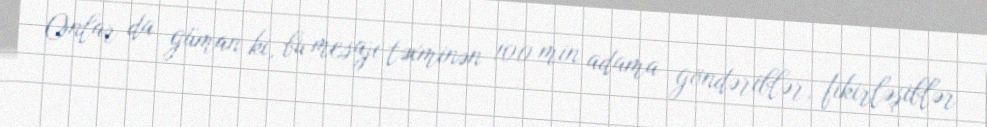
Onlar da güman ki, bu mesajı təxminən 100 min adama göndəriblər, fikirləşiblər